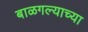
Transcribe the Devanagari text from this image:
बाळगल्याच्या